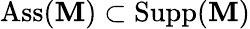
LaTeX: \operatorname{Ass}(\mathbf{M})\subset\operatorname{Supp}(\mathbf{M})